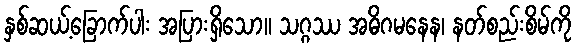
နှစ်ဆယ့်ခြောက်ပါး အပြားရှိသော။ သဂ္ဂဿ အဓိဂမနေန၊ နတ်စည်းစိမ်ကို